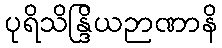
ပုရိသိန္ဒြိယဉာဏာနိ